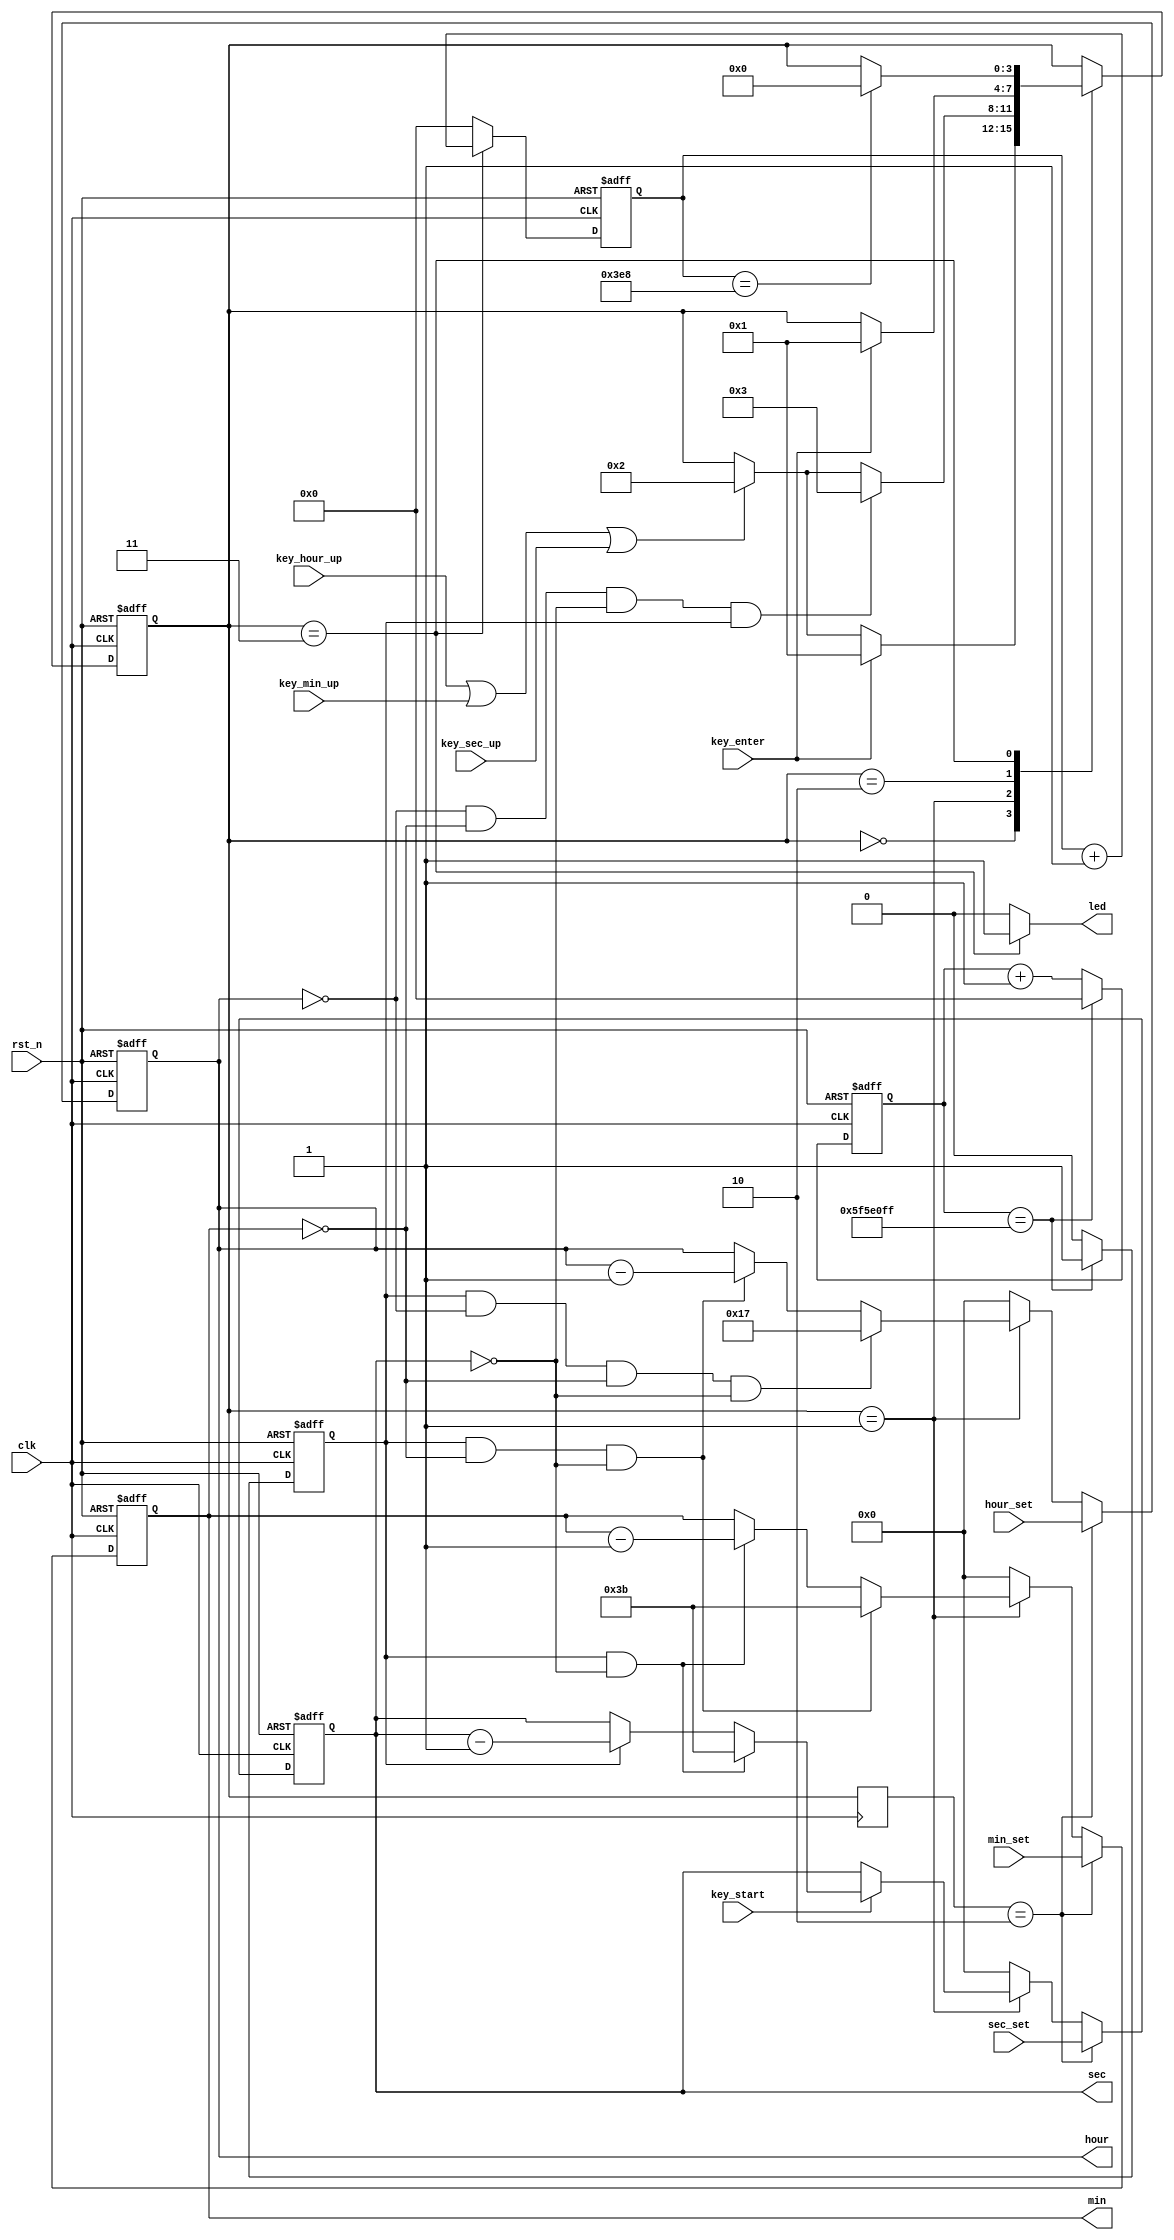
module time_calc(
	input				clk				,
	input				rst_n			,
	input				key_start		,
	input				key_hour_up		,//
	input				key_min_up		,//
	input				key_sec_up		,
	input				key_enter		,
	input	[7:0]		hour_set		,
	input	[7:0]		min_set			,
	input	[7:0]		sec_set		    ,
	output	reg	[7:0]	hour			,
	output	reg	[7:0]	min				,
	output	reg	[7:0]	sec				,
	output				led
	);
	//parameter	time_sec=10;
	//for sim
	parameter	IDLE	=4'd0;
	parameter	DJS_ST  =4'd1;//
	parameter	SET_ST  =4'd2;//
	parameter	DJS_OVER=4'd3;
	parameter	time_sec=100000000;
	reg	[31:0]	time_cnt	;
	reg			pulse_sec	;//
	reg	[3:0]	curr_st	;
	reg	[3:0]	curr_st_ff1;
	reg	[31:0]	alarm_cnt;
	assign	led=(curr_st==DJS_OVER)?1:0;
	always@(posedge clk)curr_st_ff1<=curr_st;
	always@(posedge clk or negedge rst_n)begin
		if(!rst_n)
			curr_st<=IDLE;
		else case(curr_st)
			IDLE:begin
				if(key_enter)
					curr_st<=DJS_ST;
				else if(key_hour_up||key_min_up||key_sec_up)
					curr_st<=SET_ST;
				else ;
			end
			DJS_ST:begin
					if(hour==0&&min==0&&sec==0&&pulse_sec)
						curr_st<=DJS_OVER;
					else if(key_hour_up||key_min_up||key_sec_up)
						curr_st<=SET_ST;
					else ;
			end
			SET_ST:begin
				if(key_enter)
					curr_st<=DJS_ST;
				else  ;
			end
			DJS_OVER:begin
				if(alarm_cnt==1000)
					curr_st<=IDLE;
				else;
			end
			default:;
		endcase
	end
	always@(posedge clk or negedge rst_n)
		begin
			if(!rst_n)
				alarm_cnt<=0;
			else if(curr_st==DJS_OVER)
				alarm_cnt<=alarm_cnt+1;
			else
				alarm_cnt<=0;
		end
	always@(posedge clk or negedge rst_n)
		begin
			if(!rst_n)
				time_cnt<=0;
			else if(time_cnt==time_sec-1)
				time_cnt<=0;
			else
				time_cnt<=time_cnt+1;
		end
	always@(posedge clk or negedge rst_n)
		begin
			if(!rst_n)
				pulse_sec<=0;
			else if(time_cnt==time_sec-1)
				pulse_sec<=1;
			else
				pulse_sec<=0;
		end
	//
	always@(posedge clk or negedge rst_n)
		begin
			if(!rst_n)
				sec<=0;
			else if(curr_st_ff1==SET_ST)
				sec<=sec_set;
			else if(curr_st==DJS_ST)begin
				if(key_start)begin
					if(pulse_sec&&sec==0)
						sec<=59;
					else if(pulse_sec)
						sec<=sec-1;
				end else ;
			end else
				sec<=0;
		end
	always@(posedge clk or negedge rst_n)
		begin
			if(!rst_n)
				min<=0;
			else if(curr_st_ff1==SET_ST)
				min<=min_set;
			else if(curr_st==DJS_ST)begin
				if(pulse_sec&&min==0&&sec==0)
					min<=59;
				else if(pulse_sec&&sec==0)
					min<=min-1;
			end else
				min<=0;
		end
	always@(posedge clk or negedge rst_n)
		begin
			if(!rst_n)
				hour<=0;
			else if(curr_st_ff1==SET_ST)
				hour<=hour_set;
			else if(curr_st==DJS_ST)begin
				if(pulse_sec&&hour==0&&min==0&&sec==0)
					hour<=23;
				else if(pulse_sec&&min==0&&sec==0)
					hour<=hour-1;
			end else
				hour<=0;
		end
endmodule